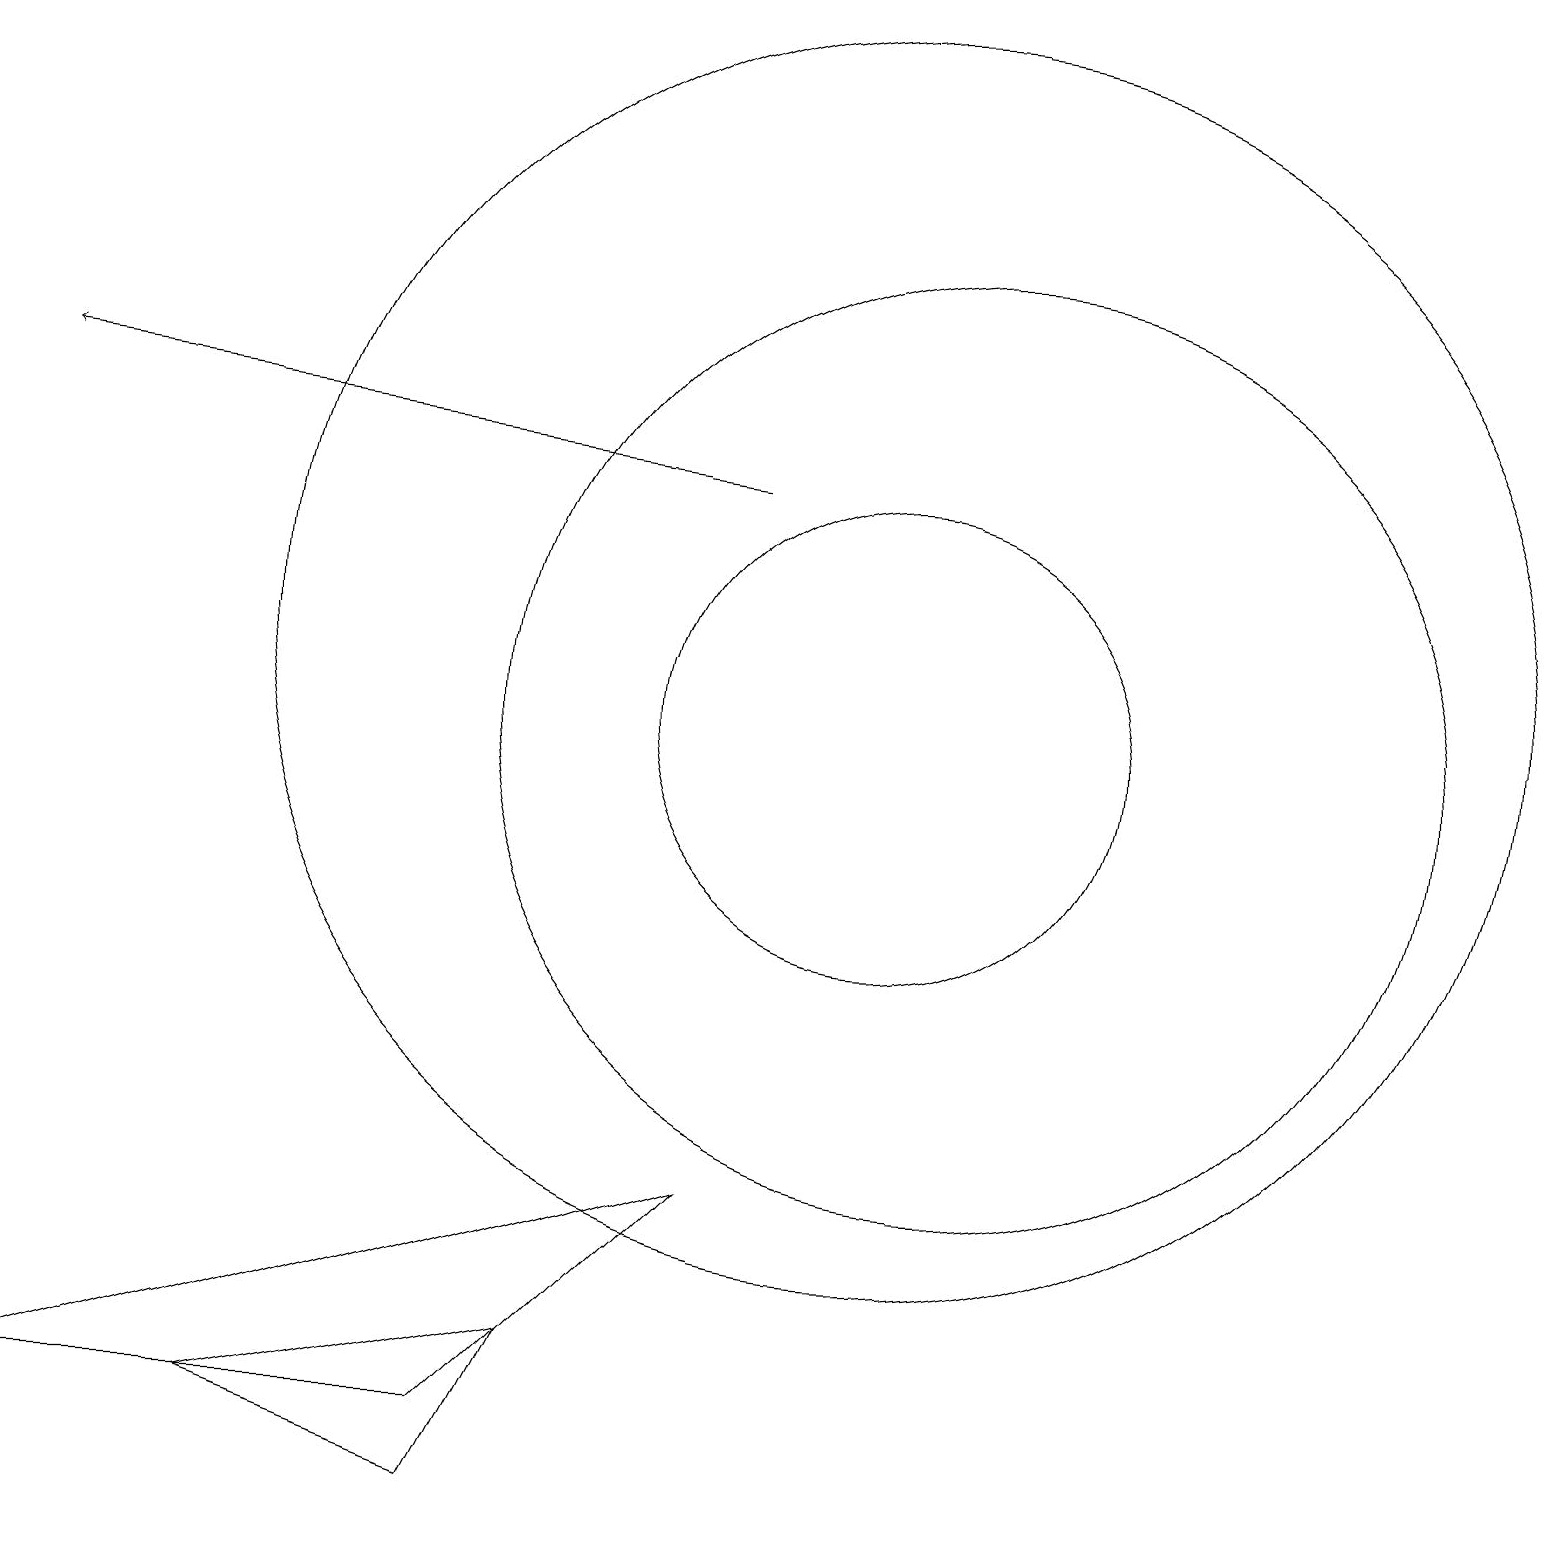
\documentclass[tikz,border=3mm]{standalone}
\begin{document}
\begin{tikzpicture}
\draw (11,10) circle (3);
\draw (0,1) -- (9,4) -- (6,1) -- cycle;
\draw[->] (9,13) -- (0,14);
\draw (11,11) circle (8);
\draw (3,1) -- (6,0) -- (7,2) -- cycle;
\draw (12,10) circle (6);
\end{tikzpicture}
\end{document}